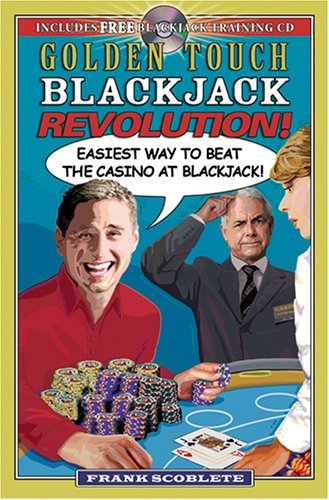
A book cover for Golden Touch Blackjack Revolution; Frank Scoblete; Humor & Entertainment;